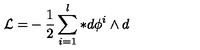
\mathcal { L = } - \frac { 1 } { 2 } \sum _ { i = 1 } ^ { l } \ast d \phi ^ { i } \wedge d